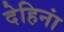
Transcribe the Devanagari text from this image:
देहिनां